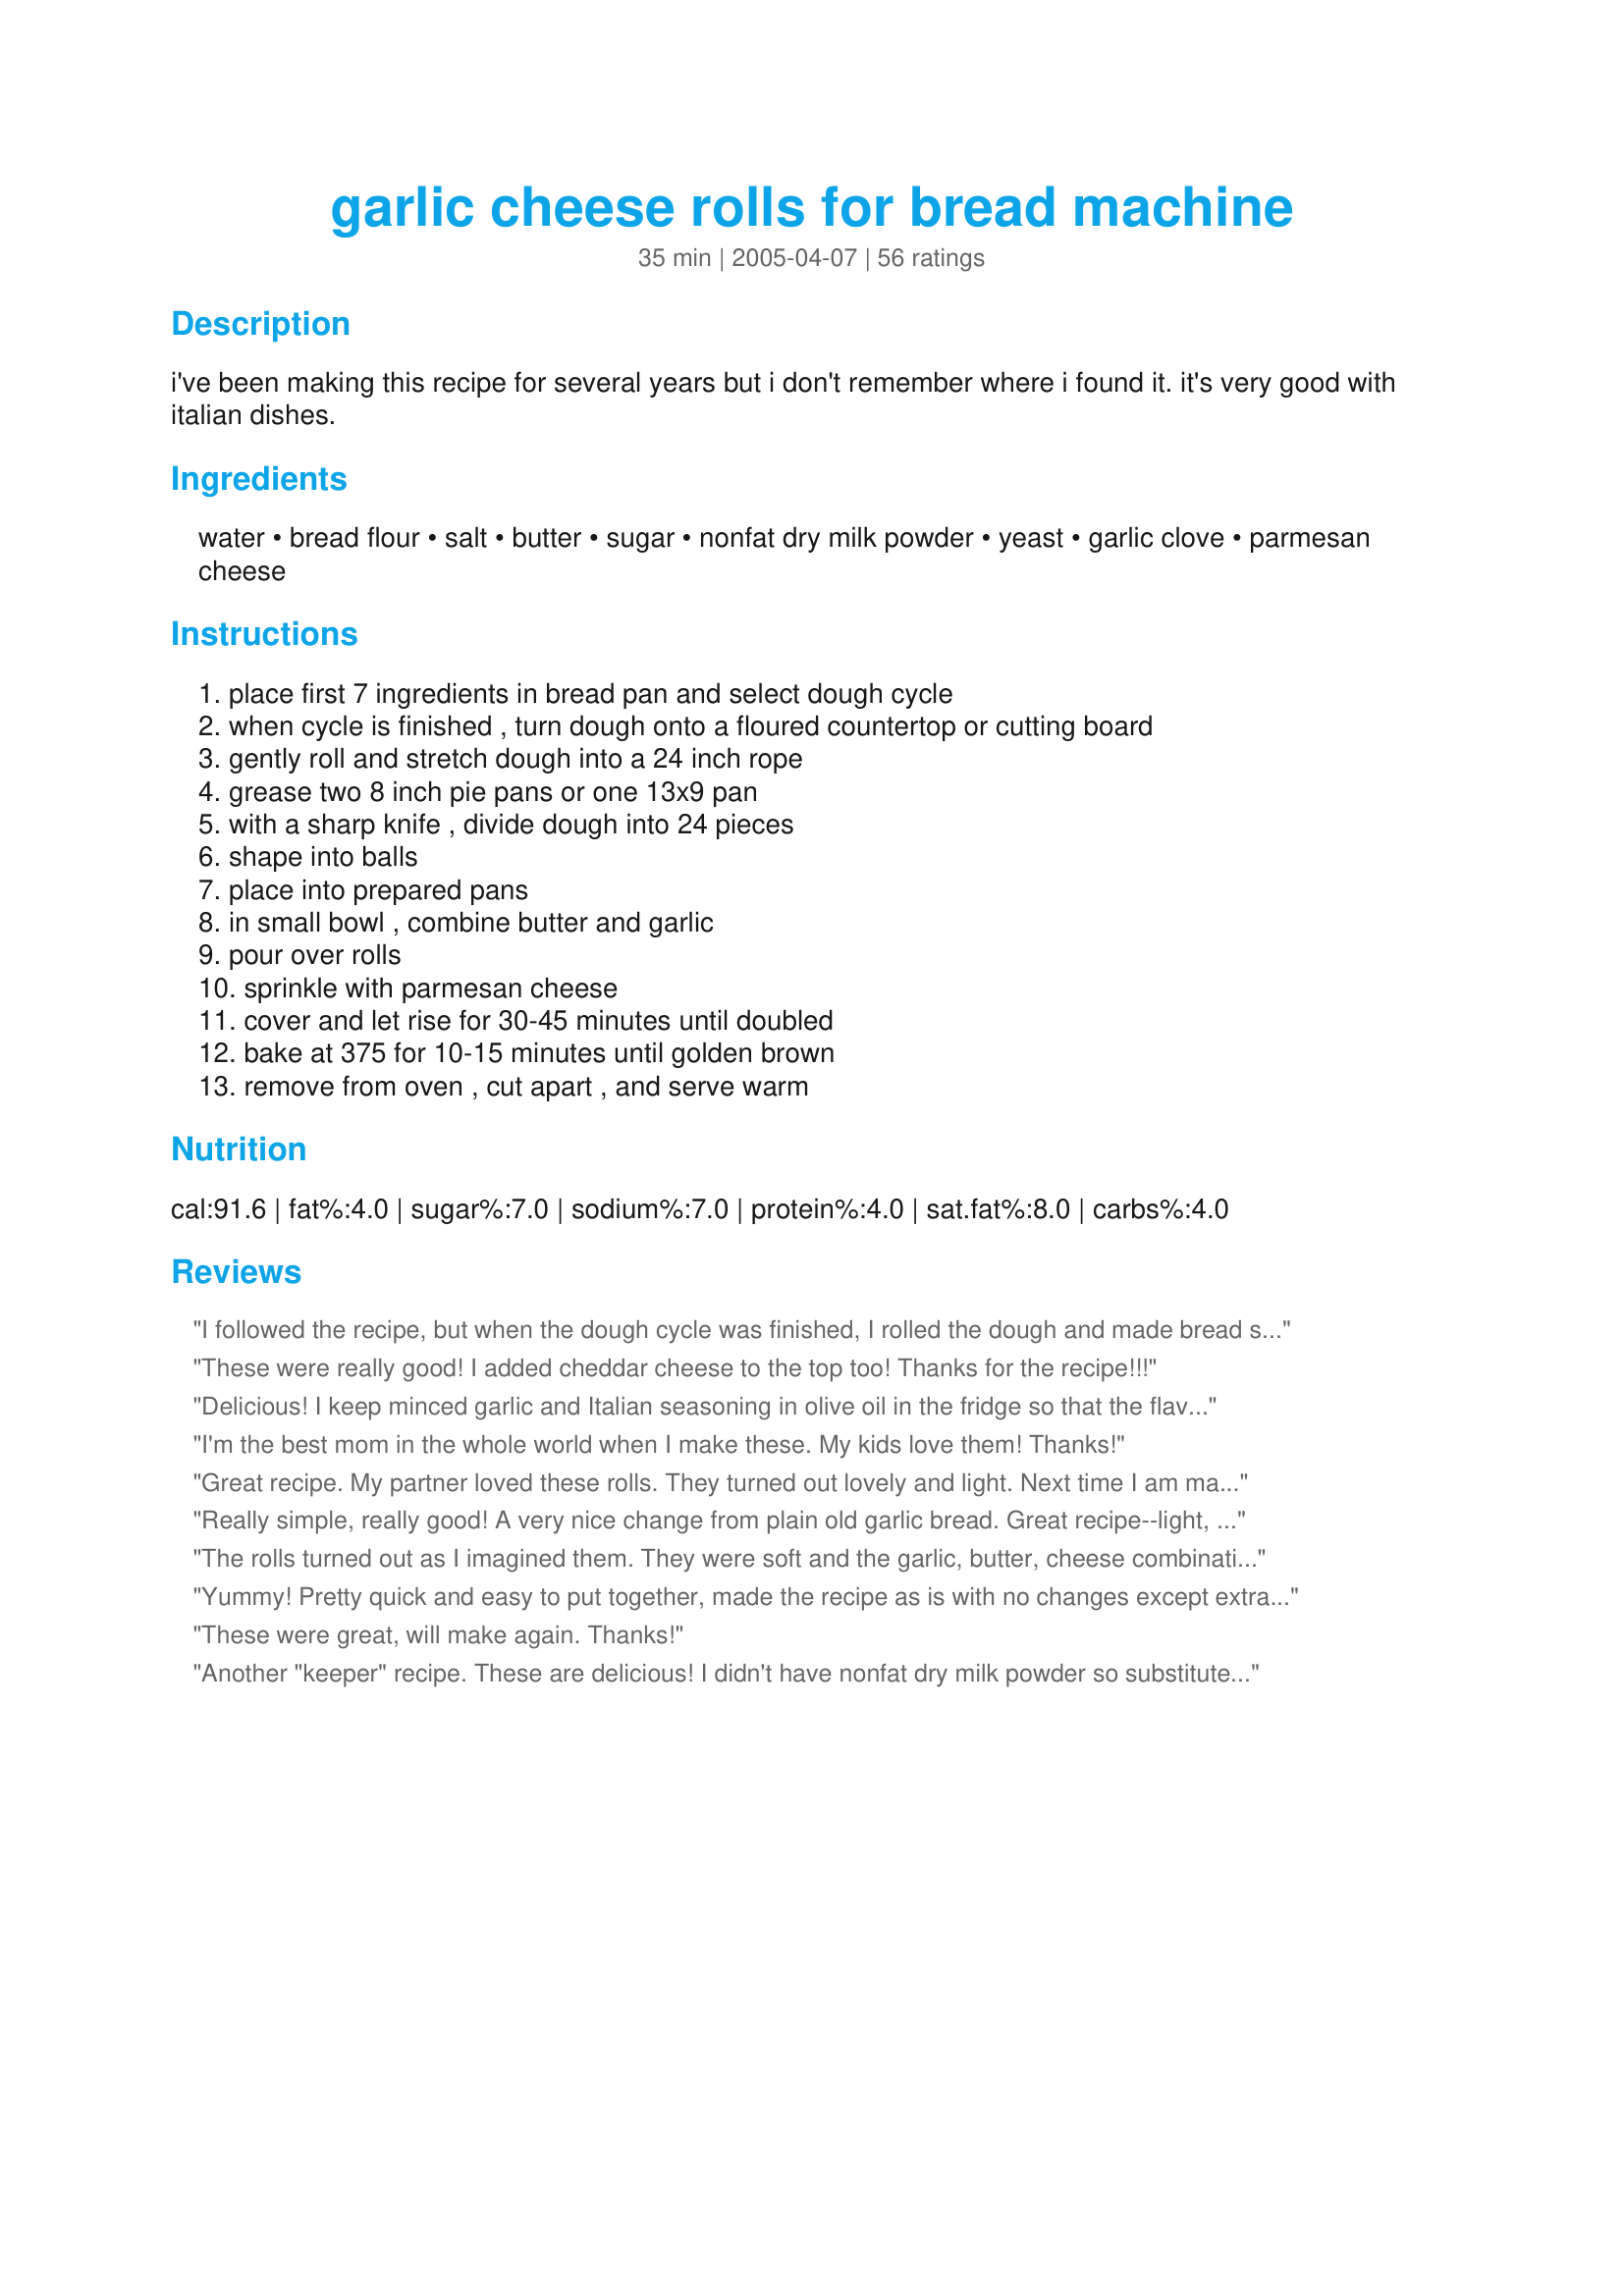
garlic cheese rolls for bread machine
Preparation time: 35 minutes

i've been making this recipe for several years but i don't remember where i found it. it's very good with italian dishes.

Ingredients:
water, bread flour, salt, butter, sugar, nonfat dry milk powder, yeast, garlic clove, parmesan cheese

Steps:
place first 7 ingredients in bread pan and select dough cycle, when cycle is finished , turn dough onto a floured countertop or cutting board, gently roll and stretch dough into a 24 inch rope, grease two 8 inch pie pans or one 13x9 pan, with a sharp knife , divide dough into 24 pieces, shape into balls, place into prepared pans, in small bowl , combine butter and garlic, pour over rolls, sprinkle with parmesan cheese, cover and let rise for 30-45 minutes until doubled, bake at 375 for 10-15 minutes until golden brown, remove from oven , cut apart , and serve warm

Reviews:
I followed the recipe, but when the dough cycle was finished, I rolled the dough and made bread sticks. I rolled the dough into a rectangle, added the butter, cheese, etc. and then let it rise a bit. The result was large puffy breadsticks that everyone enjoyed. Thanks
These were really good! I added cheddar cheese to the top too! Thanks for the recipe!!!
Delicious! I keep minced garlic and Italian seasoning in olive oil in the fridge so that the flavors blend. That is what I used to make these and it came out delicious. Also, I mixed this by hand with a wooden spoon because I don't have a bread machine. Still very easy to make. Thank you for the wonderful recipe!
I'm the best mom in the whole world when I make these. My kids love them! Thanks!
Great recipe. My partner loved these rolls. They turned out lovely and light. Next time I am making them a bit bigger to use them as lunch rolls.
Really simple, really good! A very nice change from plain old garlic bread. Great recipe--light, fluffy, buttery, with just the right amount of garlic & cheese.
The rolls turned out as I imagined them. They were soft and the garlic, butter, cheese combination was perfect. However, there was one drawback: My husband commented that the rolls made him think of 'holiday cookies'. When prompted to explain what he meant, he said that they were 'a little sweet' in an uncritical, questioning tone:-) I knew he was right after my very first bite, though I tried to ignore it. So, knowing that baking is a science and a change of ingredients can have a big impact, I cannot suggest reducing the sugar; but the dough is a bit over-sweet.
Yummy! Pretty quick and easy to put together, made the recipe as is with no changes except extra garlic in the butter drizzled on top, not overly sweet to my taste. Done in 15 minutes perfectly. Had some for dinner with tortellini tonight, froze the rest to keep me from completely stuffing myself! Great recipe, thanks for posting!
These were great, will make again. Thanks!
Another "keeper" recipe. These are delicious! I didn't have nonfat dry milk powder so substituted dry non-dairy creamer with good results.
I just bought a bread machine and somehow the breads didn't come out as good as the store bought. With this recipe, my garlic bread tastes better than the store bought! I felt really accomplished when my whole family enjoyed it. I ended up making a 2nd batch right away because everyone wants more. Thank you so much for this recipe.
Easy and VERY tasty! I've made these 3 times now and every time the rolls just disappear. I don't roll and stretch the dough, I just pull at it from the machine and roll it into balls that I drop onto a greased 9x13 glass pan. Giving them time to rise is the key to light and fluffy rolls. Thanks for a wonderful recipe that is a keeper in our house.
SO YUMMY!! Looks just like the pictures shows. Very pleased hubby and I both were. I cut the recipe in half because I didn't need to make so many cause I didn't need to eat so many haha. They were very flavorful soft fluffy. DELICIOUS!!
I am not going to give this recipe stars because I am not sure if it is my fault or the recipe since so many people like it and gave it 5 stars. Anyway, my dough didn't rise after 3 hours. Also, I think 3 cups of flour were too much because the dough was too dry. If I get a chance, I will make this again with 2 1/2 cup of flour. Also, the rolls were on the sweet side so I am going to reduce the sugar.
So yummy! Def will make again.
Totally awesome and simple to make. 5 stars!
Oh My! What wonderful rolls! I'd give them 10 stars if I could. I baked them for about 20 minutes and the parmasean toasted up nicely. I will definitely make these again. Thanks for posting!
I just made these to go with dinner, and if I could give them 10 stars I would! They turned out lovely, and the entire family said to please make again , not to lose this recipe and that we could try different toppings. I said "NO" they are perfect just the way they are, why bother? I made by hand and baked at 350 (375 seemed to high for my oven) for about 20 minutes. They were light, golden and simply delcious. Thank-you for sharing this recipe.
I made exactly as written and the rolls turned out beautifully. The family was crowding around the kitchen while they were baking and a bunch of rolls were gone in no time. So soft and fluffy! I baked for 21 min. We will definitely make these again - and again! Thanks for sharing this recipe!
Oh MY Lord!!! These are awesome. I used garlic powder instead of fresh garlic just for ease. I also sprinkled both fresh & grated Parmesan cheese. My husband wont be home for another half hour & I'm using self control to not go eat them all! I can't wait to make these again and again and again...
Unbelievably good. Added two cloves of pressed garlic and cheddar to the dough. Cant make enough of these as family and friends eat them so fast!
These were pretty good, but not exactly the taste I was looking for.
My goodness....these rolls are absolutely amazing and a beautiful compliment to any meal. They are soft, airy, moist, and delish! They also keep well. Very fun and easy to make. I did substitute the powdered milk for two tablespoons of fresh whole milk. Yummy!!!!
I've made these twice now and the result is consistent -- absolutely fabulous. My 22-year-old son said they're the best ever, and I agree. Thanks Lvs2Cook.
These are the best garlic rolls I have ever had! My DH is Italian so we eat a lot of bread around here and this is made often. I do add some garlic powder to the dough for extra garlic taste and put shreddred cheese on top before baking as both DH and DS love cheese. They turn out great.
WOW!!! I can't post what was said about this because it was rather explicit in a good way ;) I will say that I'm very new to bread making and still getting acquainted with my machine. This is the first recipe besides pizza dough that came out perfect!!!! I followed the recipe exactly and IT IS SO DELICIOUS!!!! I planned on having a lot left over since there are only two of us...I won't tell you have many I actually have left, it's embarrassing, lol. We are stuffed! I can't wait to make these for company next week. We give this recipe all the stars in the sky!
Delicious, easy to make. I was in a hurry, so none of my rolls were the same size, so only got about 18 rolls (which was plenty!). They were light, browned well and tasted delicious with our pork loin tonight! Man I love the breadmaker!
These are so good. I make them as bread sticks. My son takes a baggie of them in his lunch bag every day. They freeze very well.
These are excellent. Made them twice this week. Thanks for a very good recipe!
So delicious! I used half all-purpose and half whole wheat flour, and topped with grated garlic (I used my microplane) rather than crushed, a sprinkle of salt and grated cheddar instead of parmesan. I loved the flavor and my husband couldn't stop telling me how much he loved them. I will absolutely make these again, thanks!
These rolls were great tasting and so quick and easy to fix. Thanks Lvs2Cook....
These were wonderful, my whole family enjoyed them. Thank you for a simple but tasty recipe.
Lvs2cook

tried this recipe. Found it was excellent. Except I found that I had to bake this recipe for 25 minutes at 375. Next time I will do it at 400 for 15 or 20 min.

Thanks It is EXCELLENT. My wife is raving about the taste and texture. I have been making my own bread and rolls for quite a few years.

Chef 235524


YUMMY! It took longer than 15 minutes to cook, but worth waiting for!
I made these with my lasagna tonight and my family loved them. I will definitely make again.Thanks much!
These were quite good...served with White Sauce Chicken Lasagna.
Really really tasty rolls. They were soft and fluffy and the toasty parmesan was the perfect accompaniment. We had these with Gypsy Soup, and the warm buns and hot soup were the perfect thing for this snowy November day.
I'll definitely make these again - Great easy bread machine recipe, thanks!
Mmmm! I added a tsp of garlic powder to the flour so that the garlic flavor would be pronounced. These rolls have excellent texture.
I made these to go with recipe 167669 and they were AMAZING!! Best garlic rolls I've ever had- all the rolls disappeared I& my guests (and family) raved about them. I didn't even have any parmesan cheese to add to the top this time either. I took another reviewers tip and added some garlic powder to the dough.
These rolls were just absolutely awesome. The texture was sooooo soft. The flavor was undescribely good. My DH won't let me make anything else now. He couldn't stop eating them. Thanks for such a wonderful recipe.

We really liked this. My husband and kids gobbled them up. As per some other reviews I decided to use only 1 tbls. of sugar as I didn't want them to sweet and used more garlic cloves. Also I have used frozen store bought dough that I defrosted with great results when I don't have the time to make the dough.Thanks for posting, it's a keeper.
These were the best rolls i have ever made!!!! hubby says 10 stars!!
the only thing i did different was to bake them first then brushed with melted butter mixed with a little garlic powder, then sprinkled with parm cheese. put back in the oven for a couple min, i am embarassed to say hubby and i had 3 each!!

will make again for sure
this was really a very good yeast roll. i only made half of the recipe since there was only two of us,because i knew that they all would have been eaten in one day if i didn't :).it took about 15 minutes longer to rise than the recipe stated,but that was o.k.and i baked them at 375º and they took about 25 minutes to get to the desired color.as i said these were really good.as lots of possibilties to add different herbs to go with lots of main dishes.thanks for posting.
So delicious! For some reason I only got 12 rolls from this recipe, but that&#039;s OK. I used plenty of garlic as we are garlic fans in this household. My rolls came out looking nothing like the pictures (they were kinda sad looking), but who cares as the results were soft, fluffy, and tasty. I served these with chicken parmagian. Can&#039;t wait to make these again...thanks for posting!
I cut the recipe in half to make 12 rolls. I had to add quite a bit of extra water to get the correct consistency. All in all, a very good tasting roll that I would consider making again.
These are delicious, nice and soft inside with a buttery garlic/parmesan crust. I set my timer for 15 minutes and forgot to check at 10 and they were almost too browned (but the inside was perfect). Very yummy, thanks Lvs2Cook.
I made this recipe this past weekend and the family loved them. I had to make 2 batches because the first one did not survive the cooling period. The second batch I did add additional amounts of butter and garlic to put on top. This was a request of the kids and hubby. I would definitely make this one often. Thanks for the wonderful recipe.
My dough rose very well at the end of the dough cycle but when it was turned onto a floured surface the dough collapsed completely ! The dough was also very sticky and I managed to get only 12 balls from these. The baked rolls were not fluffy at all but still edible, rather chewy. Didn&#039;t like the cheesy taste on the rolls.
These are awesome! I topped half with shredded cheddar cheese. The whole family loved it. Gonna make these very often.
Very Good! Rave reviews from all 6 members of the household. Will definitely make these again and keep in regular rotation. Thank you for a wonderful tasty garlic cheese roll recipe :) I made these exactly as written. We only achieved 12 rolls though but not a big deal as we had plenty.
We LOVED these rolls! I loved how easy they were, too. I baked mine at 375 for 18 minutes and they came out perfect! These smell so delicious while baking, too. These rolls don't need any extra butter on them, either; as they taste so yummy with the topping and the melted butter that ended up on the bottom as well. I made these to go with Lasagna and with our Meatball Pasta Soup. I will be making these often for Italian dishes. Thanks for sharing.
I cut the recipe in half because of the size of my bread machine. They were delicious. Our boys ate every single one at dinner. I cooked them for 15 minutes - might do two minutes more next time.
Great easy recipe...Followed the recipe exactly, made these for a small dinner party of 5, only cut into 16 large rolls, everyone raved and I took home an empty dish. Thanks for sharing! Angela
Yummy! I cut the sugar down to 2 tbsp and they turned out perfect. I also used olive oil instead of butter (personal preference). Next time I would probably put a little more garlic on them and some garlic in the dough as well.
Wow these were great! Sooo easy and turned out perfectly! My first attempt at home made rolls and what a great recipe to choose :) I used buttermilk powder instead of milk powder, and I accidently put the garlic in with the bread which was not a bad thing at all, so i mixed garlic powder with the butter to pour on the top and it was perfect that way for me. Served this with italian manicoti and salad. Thank you so much for posting this! :)
I use to make this same recipe that I got from a betty crocker cookbook years ago but I lost the book when I moved. I have been searching for it for a while and now I have finally found it again. We absolutely loved this bread. thanks lvs2cook
